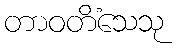
တာဝတိံသေသု